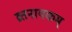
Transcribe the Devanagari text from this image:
व्रतनायकम्